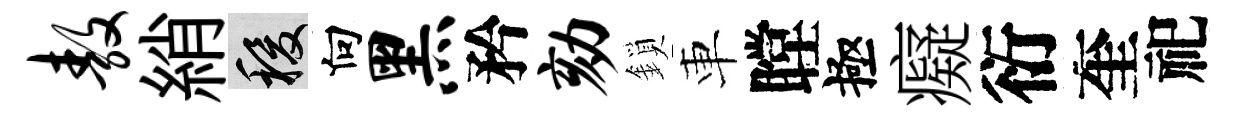
敖綃稷向黑矜劾鎖車瞠極癡衍奎祀